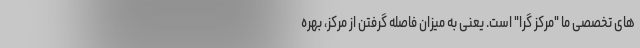
های تخصصی ما "مرکز گرا" است. یعنی به میزان فاصله گرفتن از مرکز، بهره